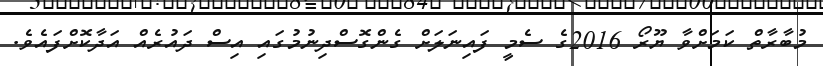
މުބާރާތް ކަމަށްވާ ޔޫރޯ 2016ގެ ސެމީ ފައިނަލަށް ގެންގޮސްދިނުމުގައިި އިސް ދައުރެއް އަދާކޮށްފައެވެ.